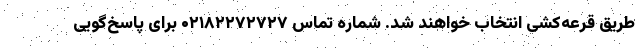
طریق قرعه‌کشی انتخاب خواهند شد. شماره تماس ۰۲۱۸۲۲۷۲۷۲۷ برای پاسخ‌گویی